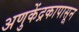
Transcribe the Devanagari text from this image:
अणुकेंद्रकापासून